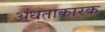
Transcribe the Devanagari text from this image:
अंधताकारक